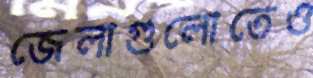
জেলাগুলোতেও